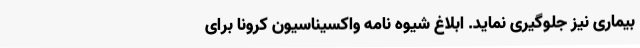
بیماری نیز جلوگیری نماید. ابلاغ شیوه ‌نامه واکسیناسیون کرونا برای